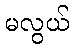
မလွယ်